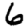
Digit: 6